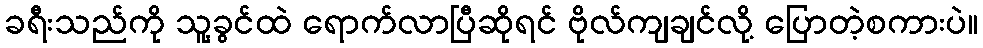
ခရီးသည်ကို သူ့ခွင်ထဲ ရောက်လာပြီဆိုရင် ဗိုလ်ကျချင်လို့ ပြောတဲ့စကားပဲ။